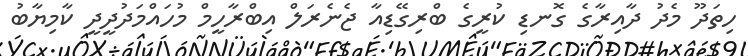
ހިތަދޫ މެދު ދާއިރާގެ ގޮނޑި ކުރީގެ ބްރިގޭޑިއާ ޖެނެރަލް އިބްރާހީމް މުހައްމަދުދީދީ ކާމިޔާބު